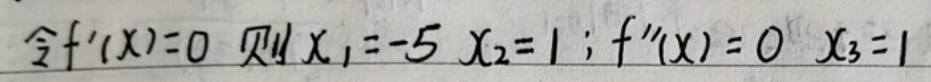
令\(f'(x)=0\)则\(x_1=-5\)，\(x_2=1\)；\(f''(x)=0\) \(x_3 = 1\)